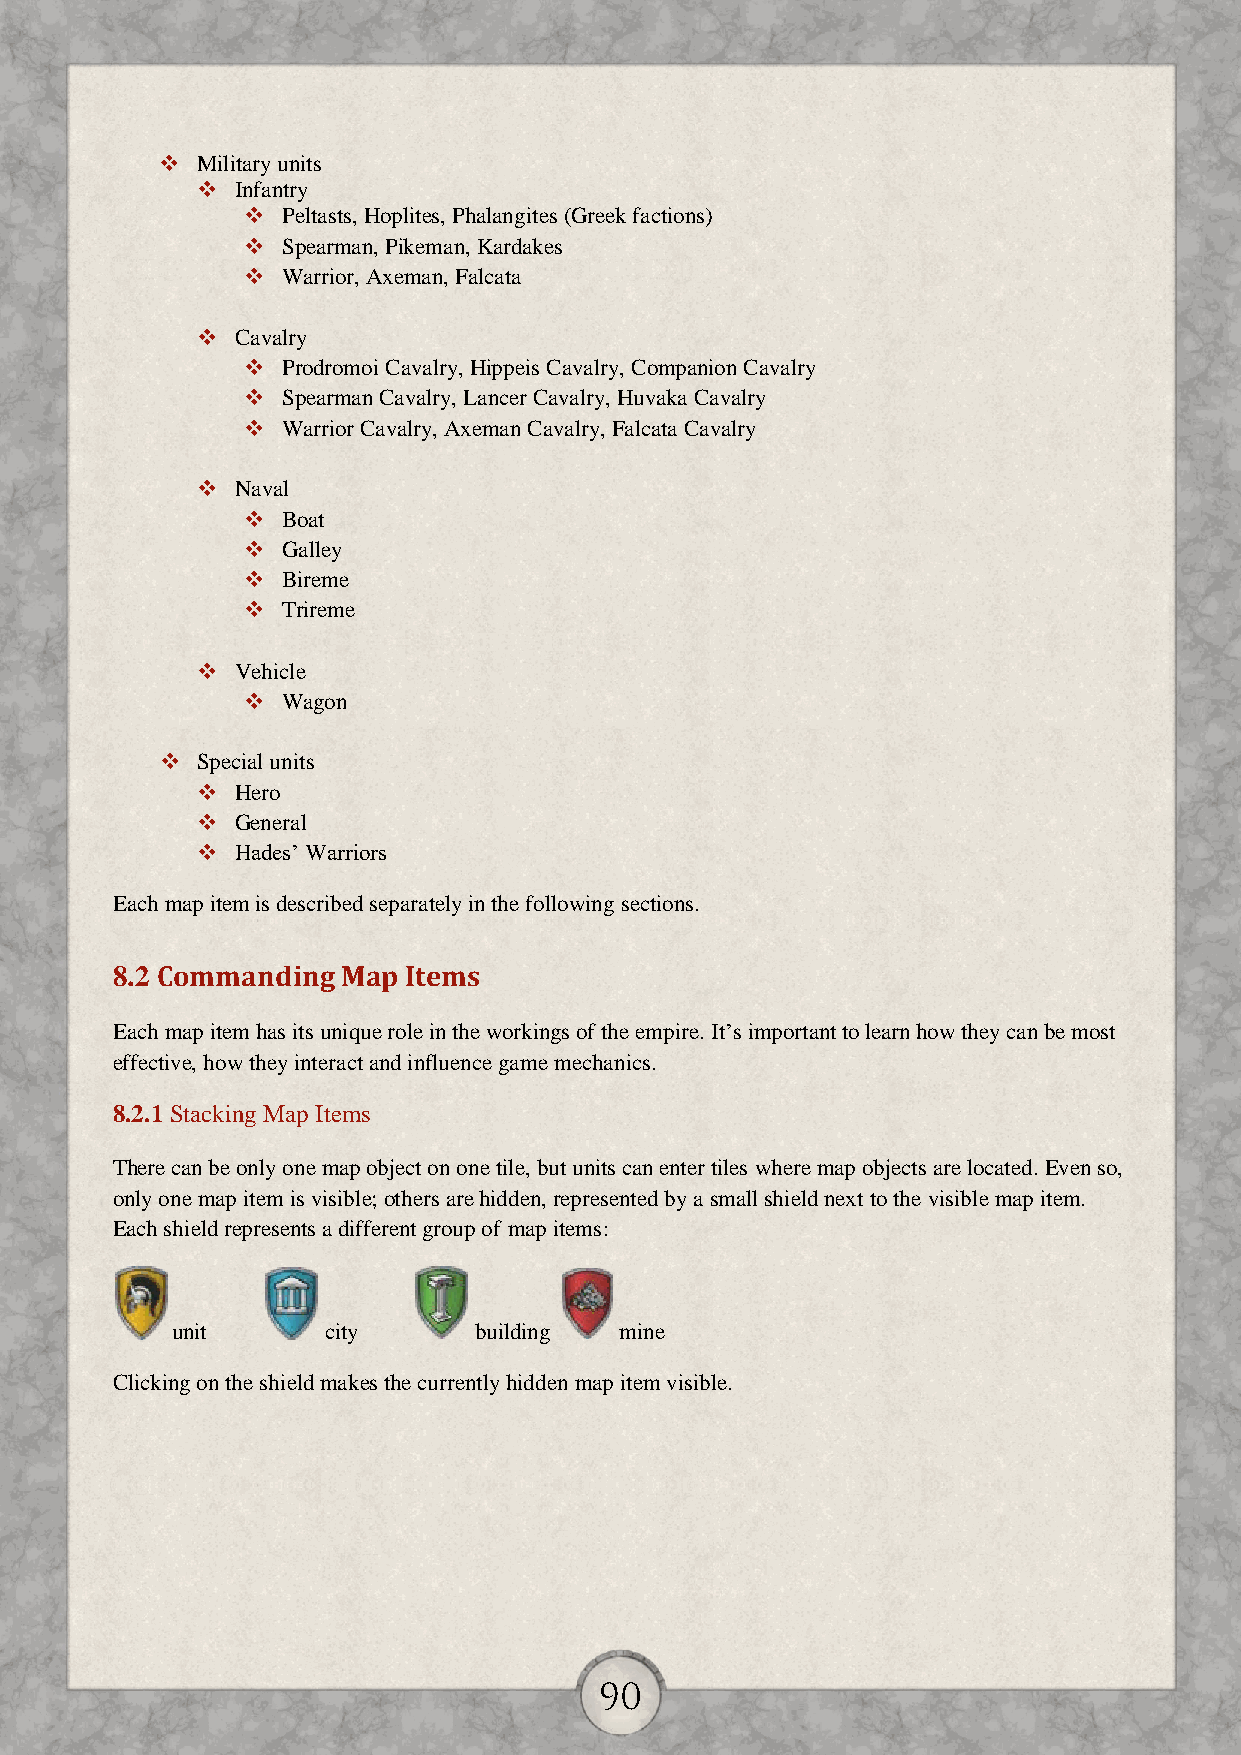
 Military units
   Infantry
   Peltasts, Hoplites, Phalangites (Greek factions)
   Spearman, Pikeman, Kardakes
   Warrior, Axeman, Falcata
   Cavalry
   Prodromoi Cavalry, Hippeis Cavalry, Companion Cavalry
   Spearman Cavalry, Lancer Cavalry, Huvaka Cavalry
   Warrior Cavalry, Axeman Cavalry, Falcata Cavalry
   Naval
   Boat
   Galley
   Bireme
   Trireme
   Vehicle
   Wagon
  Special units
   Hero
   General
   Hades’ Warriors
 Each map item is described separately in the following sections.
 8.2 Commanding  Map Items
 Each map item has its unique role in the workings of the empire. It’s important to learn how they can be most
 effective, how they interact and influence game mechanics.
 8.2.1 Stacking Map Items
 There can be only one map object on one tile, but units can enter tiles where map objects are located. Even so,
 only one map item is visible; others are hidden, represented by a small shield next to the visible map item.
 Each shield represents a different group of map items:
 unit      city      building  mine
 Clicking on the shield makes the currently hidden map item visible.
 90